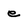
Character: e